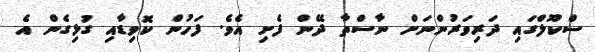
ސްކޫލްގައި ދަރިވަރުންނަށް ނާސްތާ ދޭން ފެށި އެވެ. ފަހުން ކޮވިޑާއި ގުޅިގެން އެ